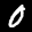
Label: 0